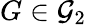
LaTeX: G\in\mathcal{G}_{2}